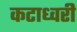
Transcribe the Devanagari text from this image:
कटाध्वरी